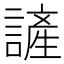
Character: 𮘷